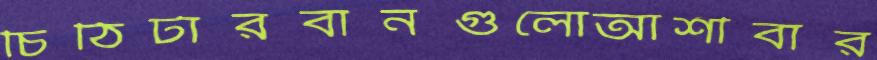
চিঠিটারবানগুলোআশীবার